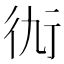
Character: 𧗝